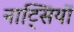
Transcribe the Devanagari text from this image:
नाट्सियों